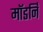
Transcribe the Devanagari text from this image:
मॉडर्नि